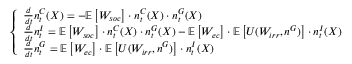
\left\{ \begin{array} { l l } { \frac { d } { d t } n _ { t } ^ { C } ( X ) = - \mathbb { E } \left[ W _ { s o c } \right] \cdot n _ { t } ^ { C } ( X ) \cdot n _ { t } ^ { G } ( X ) } \\ { \frac { d } { d t } n _ { t } ^ { I } = \mathbb { E } \left[ W _ { s o c } \right] \cdot n _ { t } ^ { C } ( X ) \cdot n _ { t } ^ { G } ( X ) - \mathbb { E } \left[ W _ { e c } \right] \cdot \mathbb { E } \left[ U ( W _ { i r r } , n ^ { G } ) \right] \cdot n _ { t } ^ { I } ( X ) } \\ { \frac { d } { d t } n _ { t } ^ { G } = \mathbb { E } \left[ W _ { e c } \right] \cdot \mathbb { E } \left[ U ( W _ { i r r } , n ^ { G } ) \right] \cdot n _ { t } ^ { I } ( X ) } \end{array} \right.